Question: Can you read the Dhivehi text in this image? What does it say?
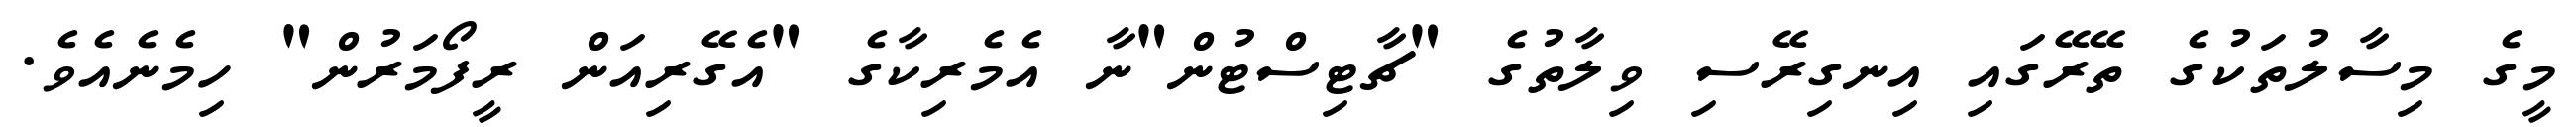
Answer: މީގެ މިސާލުތަކުގެ ތޭރޭގައި އިނގިރޭސި ވިލާތުގެ "ޗާޓިސްޓުން"ނާ އެމެރިކާގެ "އެގޭރިއަން ރީފޯމަރުން" ހިމެނެއެވެ.